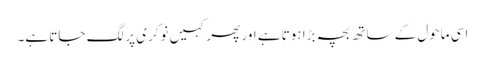
اسی ماحول کے ساتھ بچہ بڑا ہوتا ہے اور پھر کہیں نوکری پر لگ جاتا ہے۔